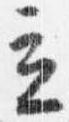
立